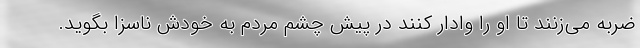
ضربه می‌زنند تا او را وادار کنند در پیش چشم مردم به خودش ناسزا بگوید.